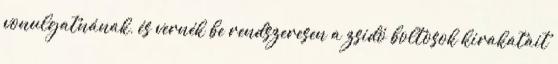
vonulgatnának, és vernék be rendszeresen a zsidó boltosok kirakatait